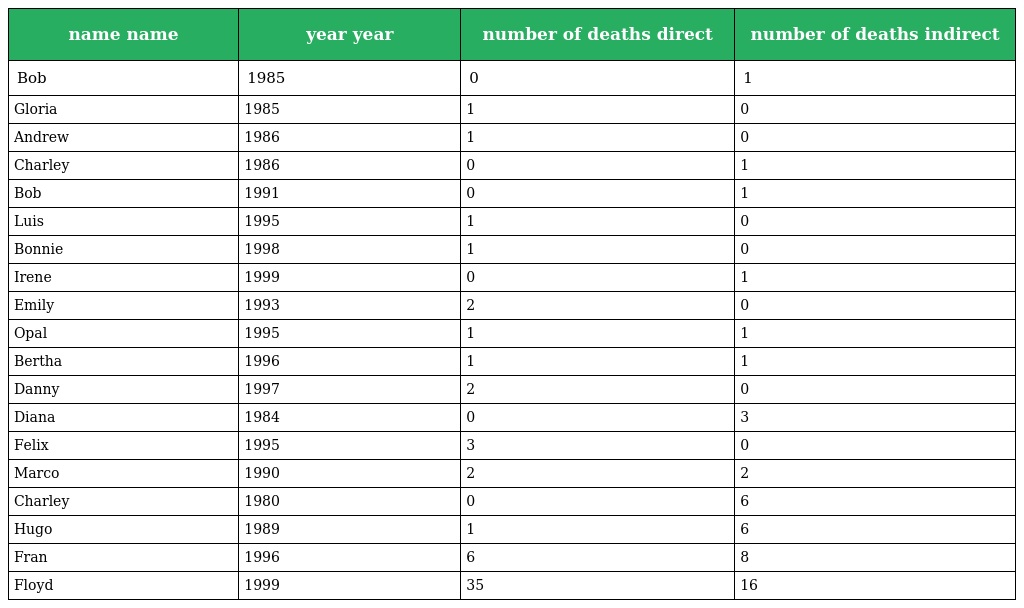
| name name | year year | number of deaths direct | number of deaths indirect |
 | --- | --- | --- | --- |
 | Bob | 1985 | 0 | 1 |
 | Gloria | 1985 | 1 | 0 |
 | Andrew | 1986 | 1 | 0 |
 | Charley | 1986 | 0 | 1 |
 | Bob | 1991 | 0 | 1 |
 | Luis | 1995 | 1 | 0 |
 | Bonnie | 1998 | 1 | 0 |
 | Irene | 1999 | 0 | 1 |
 | Emily | 1993 | 2 | 0 |
 | Opal | 1995 | 1 | 1 |
 | Bertha | 1996 | 1 | 1 |
 | Danny | 1997 | 2 | 0 |
 | Diana | 1984 | 0 | 3 |
 | Felix | 1995 | 3 | 0 |
 | Marco | 1990 | 2 | 2 |
 | Charley | 1980 | 0 | 6 |
 | Hugo | 1989 | 1 | 6 |
 | Fran | 1996 | 6 | 8 |
 | Floyd | 1999 | 35 | 16 |